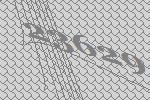
23629